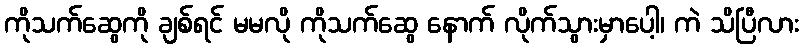
ကိုသက်ဆွေကို ချစ်ရင် မမလို ကိုသက်ဆွေ နောက် လိုက်သွားမှာပေါ့၊ ကဲ သိပြီလား